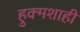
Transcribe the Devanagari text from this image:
हुक्मशाही